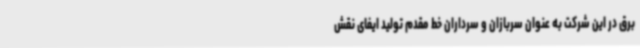
برق در این شرکت به عنوان سربازان و سرداران خط مقدم تولید ایفای نقش